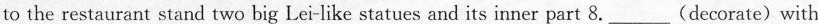
to the restaurant stand two big Lei-like statues and its inner part 8.___(decorate)with